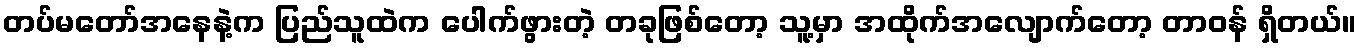
တပ်မတော်အနေနဲ့က ပြည်သူထဲက ပေါက်ဖွားတဲ့ တခုဖြစ်တော့ သူ့မှာ အထိုက်အလျောက်တော့ တာဝန် ရှိတယ်။